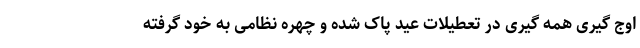
اوج گیری همه گیری در تعطیلات عید پاک شده و چهره نظامی به خود گرفته